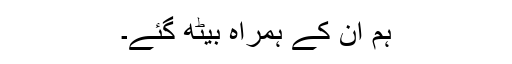
ہم ان کے ہمراہ بیٹھ گئے۔